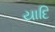
યાદિ